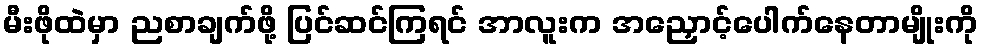
မီးဖိုထဲမှာ ညစာချက်ဖို့ ပြင်ဆင်ကြရင် အာလူးက အညှောင့်ပေါက်နေတာမျိုးကို